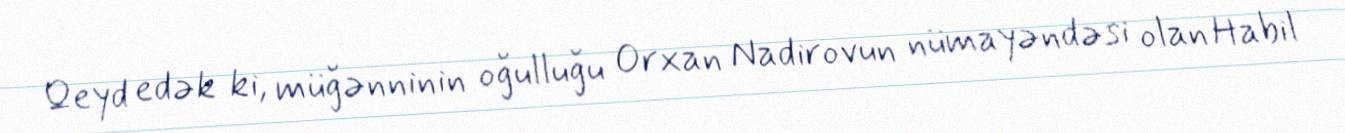
Qeyd edək ki, müğənninin oğulluğu Orxan Nadirovun nümayəndəsi olan Habil